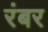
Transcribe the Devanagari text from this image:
रंबर